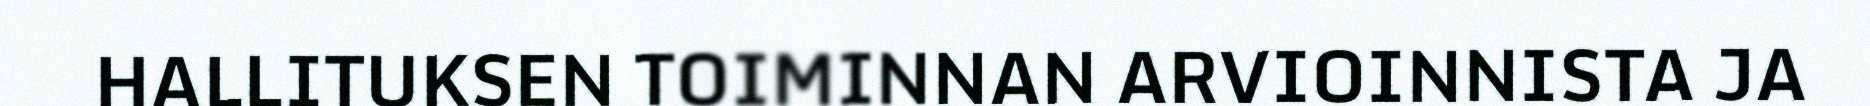
HALLITUKSEN TOIMINNAN ARVIOINNISTA JA